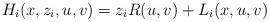
LaTeX: \begin{align*}H_i(x,z_i,u,v) = z_i R(u,v) + L_i(x,u,v)\end{align*}